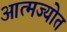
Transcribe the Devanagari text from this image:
आत्मज्योत